Vaccine operations Central Provinces 1868-1885 - 1868-1885
Year: 1868
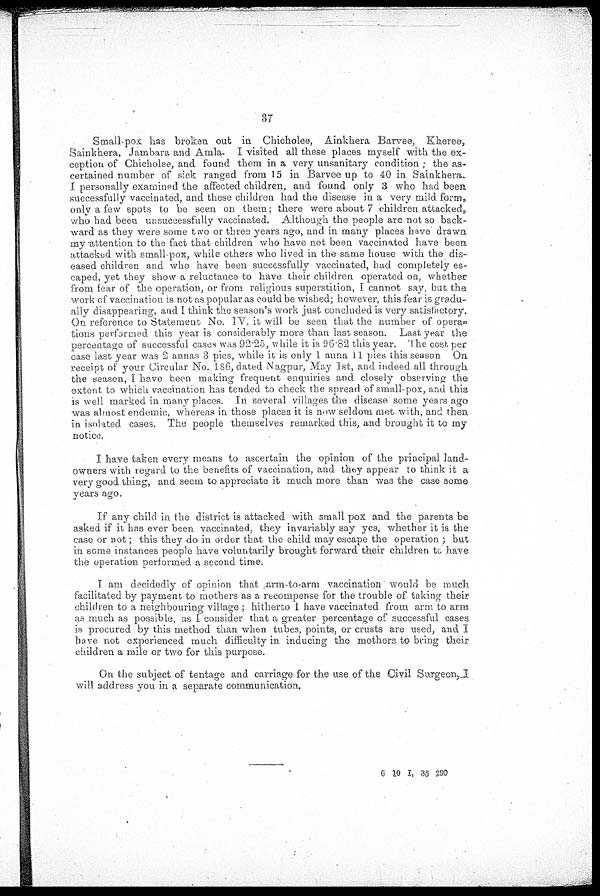
37
Small-pox has broken out in Chicholee, Ainkhera Barvee, Kheree,
Sainkhera, Jambara and Amla. I visited all these places myself with the ex-
ception of Chicholee, and found them in a very unsanitary condition ; the as-
certained number of sick ranged from 15 in Barvee up to 40 in Sainkhera.
I personally examined the affected children, and found only 3 who had been
successfully vaccinated, and these children had the disease in a very mild form,
only a few spots to be seen on them ; there were about 7 children attacked,
who had been unsuccessfully vaccinated. Although the people are not so back-
ward as they were some two or three years ago, and in many places have drawn
my attention to the fact that children who have not been vaccinated have been
attacked with small-pox, while others who lived in the same house with the dis-
eased children and who have been successfully vaccinated, had completely es-
caped, yet they show a reluctance to have their children operated on, whether
from fear of the operation, or from religious superstition, I cannot say, but the
work of vaccination is not as popular as could be wished; however, this fear is gradu-
ally disappearing, and I think the season's work just concluded is very satisfactory,
On reference to Statement No. IV. it will be seen that the number of opera¬
tions performed this year is considerably more than last season. Last year the
percentage of successful cases was 92.25, while it is 96.82 this year. The cost per
case last year was 2 annas 3 pies, while it is only 1 anna 11 pies this season On
receipt of your Circular No. 186, dated Nagpur, May 1st, and indeed all through
the season, I have been making frequent enquiries and closely observing the
extent to which vaccination has tended to check the spread of small-pox, and this
is well marked in many places. In several villages the disease some years ago
was almost endemic, whereas in those places it is now seldom met with, and then
in isolated cases. The people themselves remarked this, and brought it to my
notice.
I have taken every means to ascertain the opinion of the principal land-
owners with regard to the benefits of vaccination, and they appear to think it a
very good thing, and seem to appreciate it much more than was the case some
years ago.
If any child in the district is attacked with small pox and the parents be
asked if it has ever been vaccinated, they invariably say yes, whether it is the
case or not; this they do in order that the child may escape the operation ; but
in some instances people have voluntarily brought forward their children to have
the operation performed a second time.
I am decidedly of opinion that arm-to-arm vaccination would be much
facilitated by payment to mothers as a recompense for the trouble of taking their
children to a neighbouring village ; hitherto I have vaccinated from arm to arm
as much as possible, as I consider that a greater percentage of successful cases
is procured by this method than when tubes, points, or crusts are used, and I
have not experienced much difficulty in inducing the mothers to bring their
children a mile or two for this purpose.
On the subject of tentage and carriage for the use of the Civil Surgeon. I
will address you in a separate communication.
6 10 I, 38 290